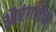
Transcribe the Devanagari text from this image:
औरंगजेचा